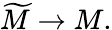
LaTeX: {\widetilde{M}}\to M.